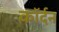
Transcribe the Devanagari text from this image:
कॉर्दन